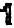
1